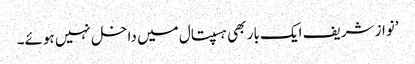
’نواز شریف ایک بار بھی ہسپتال میں داخل نہیں ہوئے۔